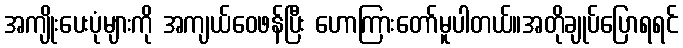
အကျိုးပေးပုံများကို အကျယ်ဝေဖန်ပြီး ဟောကြားတော်မူပါတယ်။အတိုချုပ်ပြောရရင်